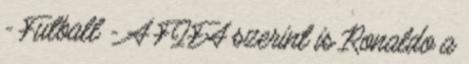
- Futball - A FIFA szerint is Ronaldo a